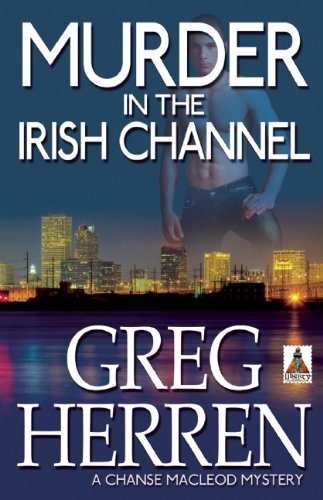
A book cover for Murder in the Irish Channel (Chanse Macleod Mysteries); Greg Herren; Sports & Outdoors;